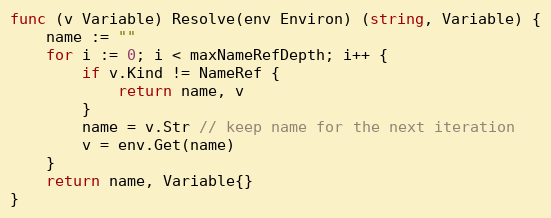
Language: Go
func (v Variable) Resolve(env Environ) (string, Variable) {
	name := ""
	for i := 0; i < maxNameRefDepth; i++ {
		if v.Kind != NameRef {
			return name, v
		}
		name = v.Str // keep name for the next iteration
		v = env.Get(name)
	}
	return name, Variable{}
}